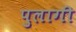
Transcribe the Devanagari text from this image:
पुलागी